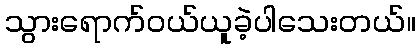
သွားရောက်ဝယ်ယူခဲ့ပါသေးတယ်။